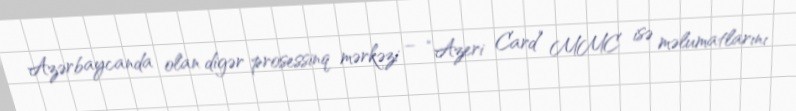
Azərbaycanda olan digər prosessinq mərkəzi – “Azeri Card” MMC isə məlumatlarını